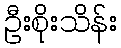
ဦးစိုးသိန်း